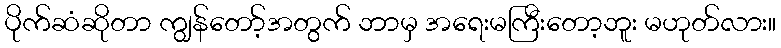
ပိုက်ဆံဆိုတာ ကျွန်တော့်အတွက် ဘာမှ အရေးမကြီးတော့ဘူး မဟုတ်လား။